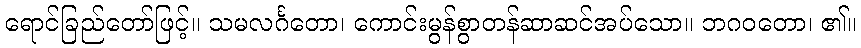
ရောင်ခြည်တော်ဖြင့်။ သမလင်္ဂတော၊ ကောင်းမွန်စွာတန်ဆာဆင်အပ်သော။ ဘဂဝတော၊ ၏။